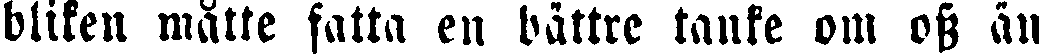
bliken måtte fatta en bättre tanke om oss än